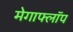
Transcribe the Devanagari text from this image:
मेगाफ्लॉप